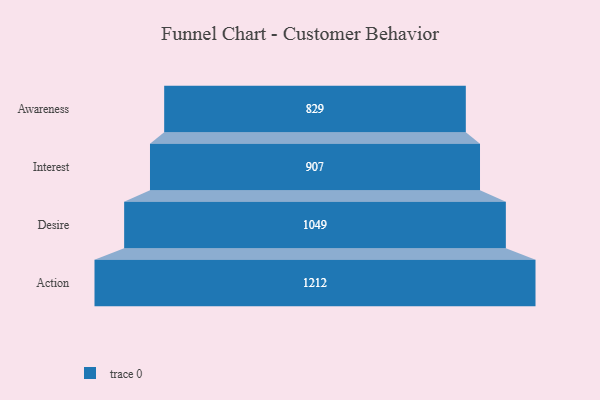
{"axis": {"x": "Stage", "y": "Value"}, "legend": [""], "data": [{"x": "Awareness", "y": 829.0, "type": ""}, {"x": "Interest", "y": 907.0, "type": ""}, {"x": "Desire", "y": 1049.0, "type": ""}, {"x": "Action", "y": 1212.0, "type": ""}]}